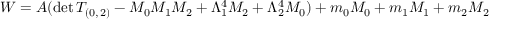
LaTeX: W = A ( \mathrm { d e t } \, T _ { ( 0 , \, 2 ) } - M _ { 0 } M _ { 1 } M _ { 2 } + \Lambda _ { 1 } ^ { 4 } M _ { 2 } + \Lambda _ { 2 } ^ { 4 } M _ { 0 } ) + m _ { 0 } M _ { 0 } + m _ { 1 } M _ { 1 } + m _ { 2 } M _ { 2 }